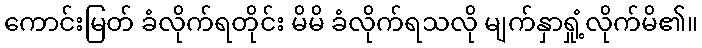
ကောင်းမြတ် ခံလိုက်ရတိုင်း မိမိ ခံလိုက်ရသလို မျက်နှာရှုံ့လိုက်မိ၏။